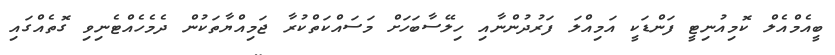
ބީއެމްއެލް ކޮމިއުނިޓީ ފަންޑަކީ އަމިއްލަ ފަރުދުންނާއި ހިލޭސާބަހަށް މަސައްކަތްކުރާ ޖަމިއްޔާތަކުން ދެމެހެއްޓެނިވި ގޮތެއްގައި